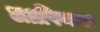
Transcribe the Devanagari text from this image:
अग्रपिण्डक